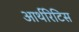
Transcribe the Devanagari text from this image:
आर्थरिटिस